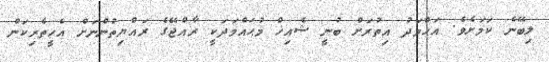
ލިބޭނެ ކަމަށެވެ. އަޙްމަދު އިތުރަށް ބުނީ ޝެއިޚް މުޙައްމަދަކީ ރާއްޖޭގެ ރައްޔިތުންނަށް އެހީތެރިކަން